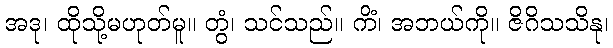
အဒု၊ ထိုသို့မဟုတ်မူ။ တွံ၊ သင်သည်။ ကိံ၊ အဘယ်ကို။ ဇိဂိသသိနု၊